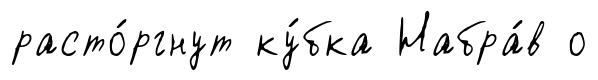
расто́ргнут ку́бка Набра́в о